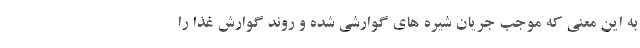
به این معنی که موجب جریان شیره های گوارشی شده و روند گوارش غذا را